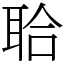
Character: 𦕲